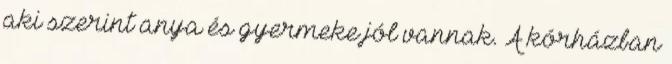
aki szerint anya és gyermeke jól vannak. A kórházban